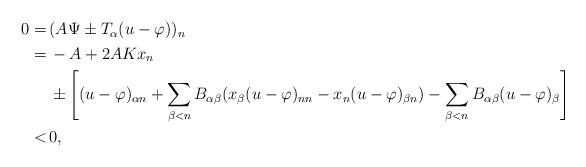
LaTeX: \begin{align*}\begin{aligned}0 = \,& (A \Psi \pm T_\alpha (u - \varphi))_n\\ = \,& - A + 2 A K x_n \\ & \pm \left[(u - \varphi)_{\alpha n}+\sum_{\beta<n}B_{\alpha\beta}(x_{\beta}(u-\varphi)_{nn}-x_n(u-\varphi)_{\beta n})-\sum_{\beta<n}B_{\alpha\beta}(u-\varphi)_{\beta}\right]\\ < \,& 0,\end{aligned}\end{align*}